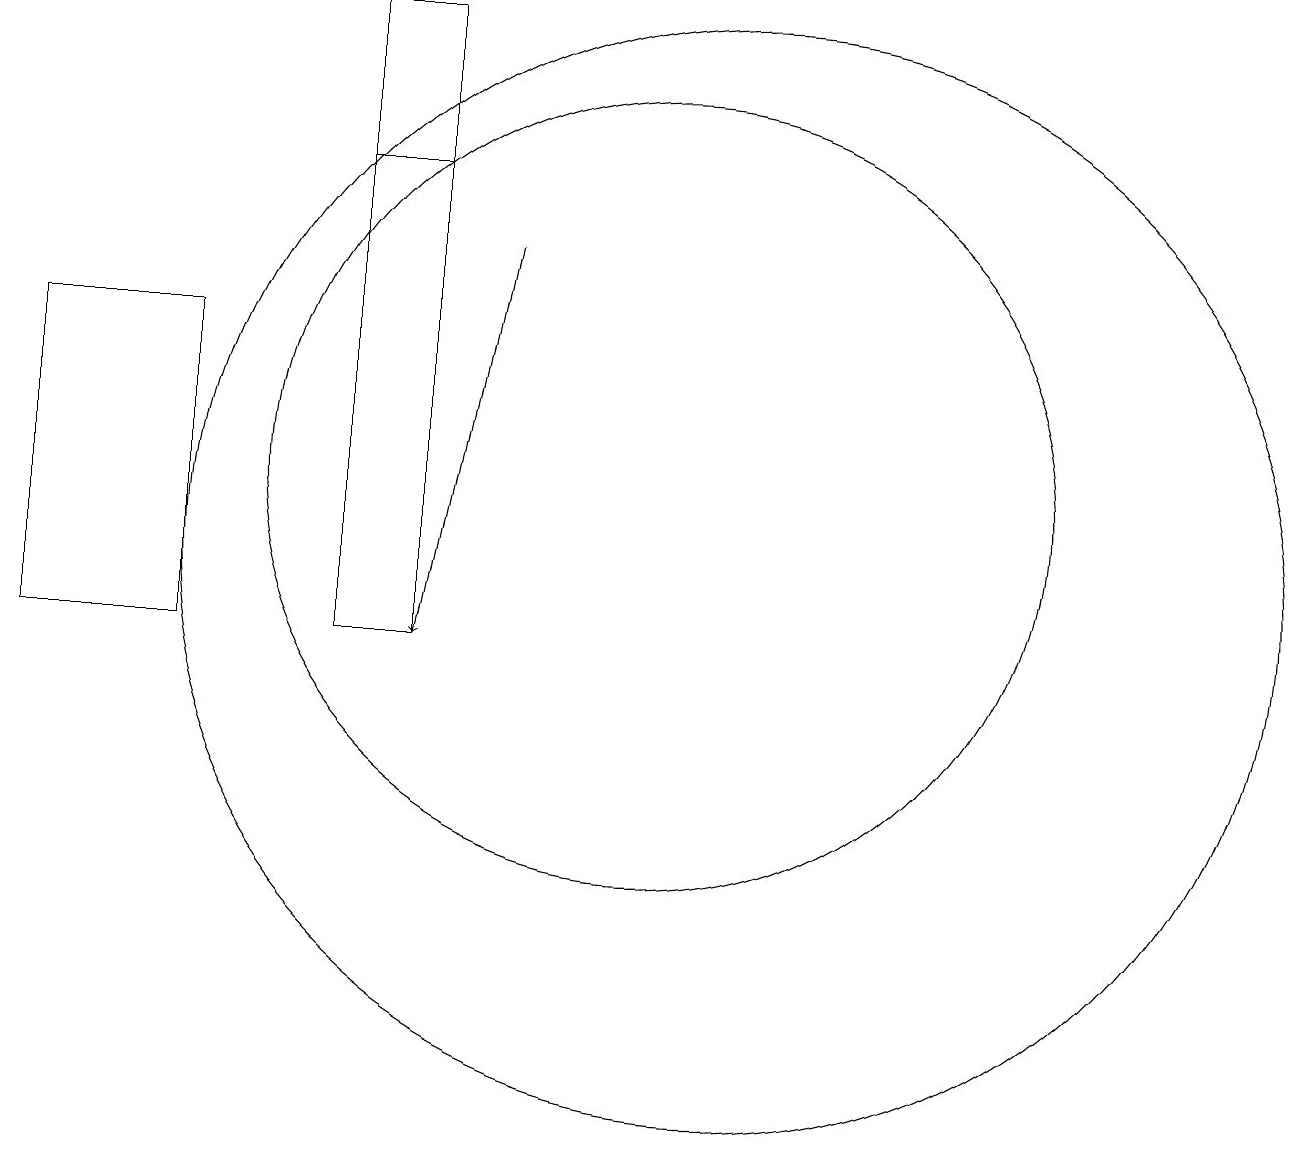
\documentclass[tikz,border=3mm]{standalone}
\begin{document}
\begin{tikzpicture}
\draw (11,11) circle (7);
\draw[->] (8,15) -- (7,10);
\draw (2,14) rectangle (4,10);
\draw (10,12) circle (5);
\draw (7,16) rectangle (6,18);
\draw (6,10) rectangle (7,16);
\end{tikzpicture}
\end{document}